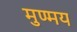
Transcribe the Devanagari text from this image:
मुण्मय